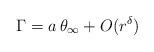
LaTeX: \begin{align*}\Gamma = a\,\theta_\infty +O(r^{\delta})\end{align*}